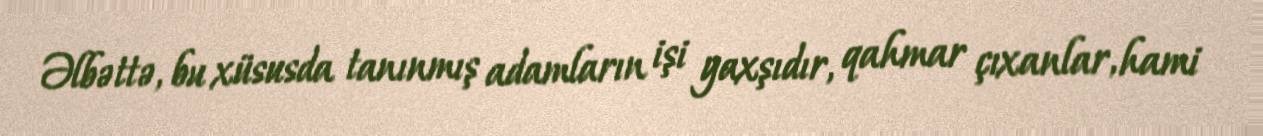
Əlbəttə, bu xüsusda tanınmış adamların işi yaxşıdır, qahmar çıxanlar, hami